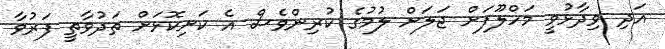
އަދި ވިދާޅުވީ މަހްލޫފަށް ޖަލަށް ލުމުގެ ކުރިންވެސް އެ ކަށިކޮޅަށް ތަދުވާތީ ފަރުވާ